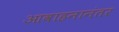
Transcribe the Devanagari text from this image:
आवाहनानंतर